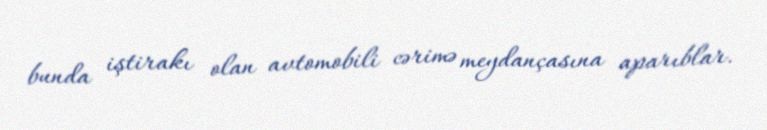
bunda iştirakı olan avtomobili cərimə meydançasına aparıblar.